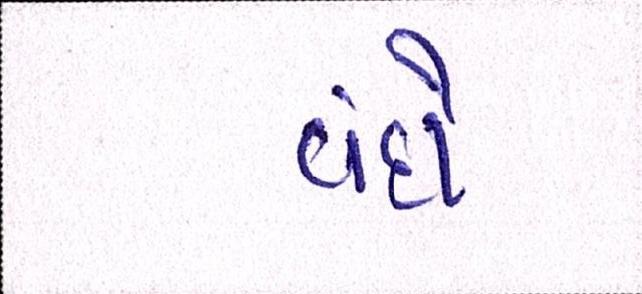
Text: વંદો